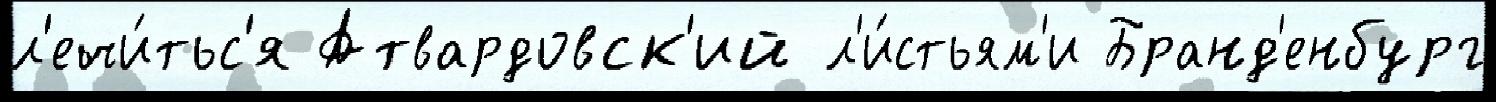
л'ечи́тьс'я Атвардовск'ий л'и́стьям'и Бранд'енбург